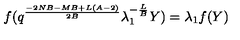
f ( q ^ { \frac { - 2 N B - M B + L ( A - 2 ) } { 2 B } } \lambda _ { 1 } ^ { - \frac { L } { B } } Y ) = \lambda _ { 1 } f ( Y )